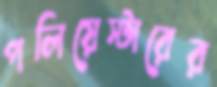
পলিয়েস্টারের